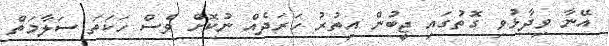
އޭނާ ވިދާޅުވި ގޮތުގައި ޖީބުން އިތުރު ހަރަދެއް ނުކޮށް ވެސް ހަކަތަ ސަލާމަތް